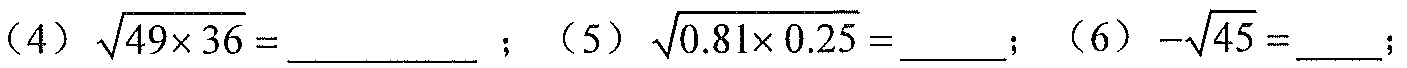
(4) \(\sqrt{49\times36} = \_\_\_\_\_\_\) ；(5) \(\sqrt{0.81\times0.25} = \_\_\_\_\)；(6) \(-\sqrt{45} = \_\_\_\)；